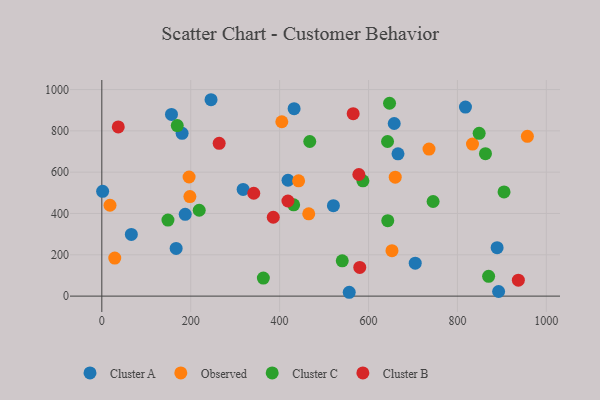
{"axis": {"x": "Investment", "y": "Exam Score"}, "legend": ["Cluster A", "Cluster B", "Cluster C", "Observed"], "data": [{"x": "657.8", "y": 835.6, "type": "Cluster A"}, {"x": "317.9", "y": 516.6, "type": "Cluster A"}, {"x": "818.1", "y": 915.1, "type": "Cluster A"}, {"x": "167.2", "y": 230.8, "type": "Cluster A"}, {"x": "666.3", "y": 688.7, "type": "Cluster A"}, {"x": "892.7", "y": 22.3, "type": "Cluster A"}, {"x": "418.9", "y": 560.9, "type": "Cluster A"}, {"x": "156.7", "y": 879.4, "type": "Cluster A"}, {"x": "66.4", "y": 298.7, "type": "Cluster A"}, {"x": "432.6", "y": 907.3, "type": "Cluster A"}, {"x": "180.6", "y": 788.0, "type": "Cluster A"}, {"x": "705.1", "y": 159.6, "type": "Cluster A"}, {"x": "187.6", "y": 395.7, "type": "Cluster A"}, {"x": "556.6", "y": 18.6, "type": "Cluster A"}, {"x": "245.7", "y": 950.7, "type": "Cluster A"}, {"x": "889.3", "y": 234.6, "type": "Cluster A"}, {"x": "1.8", "y": 507.5, "type": "Cluster A"}, {"x": "521.0", "y": 437.7, "type": "Cluster A"}, {"x": "652.8", "y": 219.8, "type": "Observed"}, {"x": "660.1", "y": 575.9, "type": "Observed"}, {"x": "18.4", "y": 439.9, "type": "Observed"}, {"x": "442.7", "y": 558.1, "type": "Observed"}, {"x": "957.4", "y": 773.6, "type": "Observed"}, {"x": "29.1", "y": 184.3, "type": "Observed"}, {"x": "198.1", "y": 481.8, "type": "Observed"}, {"x": "404.9", "y": 844.0, "type": "Observed"}, {"x": "465.5", "y": 398.4, "type": "Observed"}, {"x": "736.1", "y": 711.7, "type": "Observed"}, {"x": "833.9", "y": 735.8, "type": "Observed"}, {"x": "196.3", "y": 576.6, "type": "Observed"}, {"x": "863.1", "y": 689.7, "type": "Cluster C"}, {"x": "431.6", "y": 441.7, "type": "Cluster C"}, {"x": "848.9", "y": 788.0, "type": "Cluster C"}, {"x": "540.9", "y": 171.0, "type": "Cluster C"}, {"x": "643.3", "y": 365.4, "type": "Cluster C"}, {"x": "642.8", "y": 748.4, "type": "Cluster C"}, {"x": "467.8", "y": 748.4, "type": "Cluster C"}, {"x": "169.7", "y": 825.6, "type": "Cluster C"}, {"x": "363.4", "y": 87.4, "type": "Cluster C"}, {"x": "148.8", "y": 368.0, "type": "Cluster C"}, {"x": "219.1", "y": 415.7, "type": "Cluster C"}, {"x": "587.4", "y": 558.0, "type": "Cluster C"}, {"x": "870.2", "y": 95.7, "type": "Cluster C"}, {"x": "904.9", "y": 504.3, "type": "Cluster C"}, {"x": "647.3", "y": 933.7, "type": "Cluster C"}, {"x": "745.3", "y": 458.1, "type": "Cluster C"}, {"x": "341.8", "y": 498.0, "type": "Cluster B"}, {"x": "385.7", "y": 381.8, "type": "Cluster B"}, {"x": "580.3", "y": 138.7, "type": "Cluster B"}, {"x": "578.3", "y": 588.7, "type": "Cluster B"}, {"x": "418.7", "y": 460.5, "type": "Cluster B"}, {"x": "937.1", "y": 77.0, "type": "Cluster B"}, {"x": "565.5", "y": 883.4, "type": "Cluster B"}, {"x": "37.0", "y": 819.1, "type": "Cluster B"}, {"x": "264.0", "y": 739.4, "type": "Cluster B"}]}